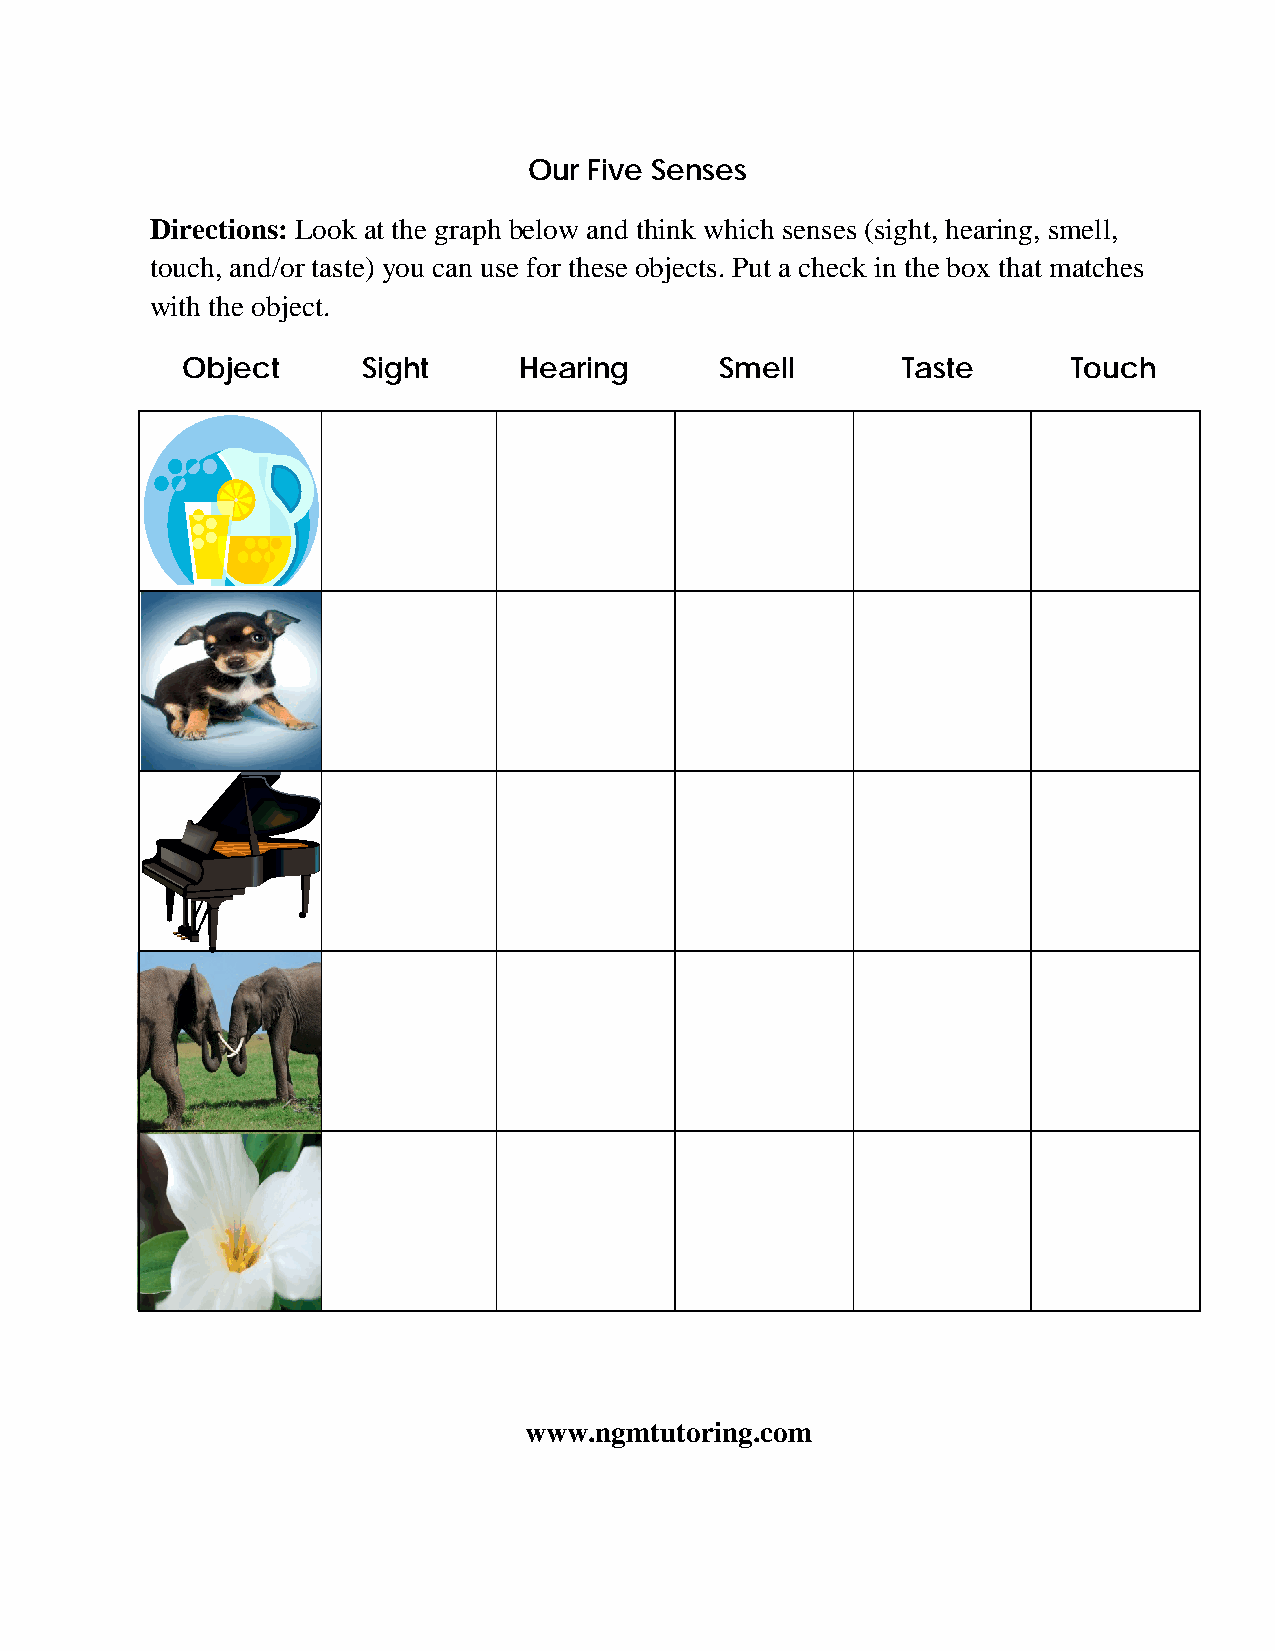
Our Five Senses
 Directions: Look at the graph below and think which senses (sight, hearing, smell,
 touch, and/or taste) you can use for these objects. Put a check in the box that matches
 with the object.
 Object      Sight     Hearing       Smell       Taste      Touch
 www.ngmtutoring.com